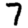
Digit: 7